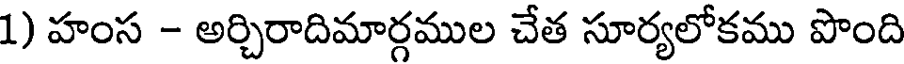
1) హంస - అర్చిరాదిమార్గముల చేత సూర్యలోకము పొంది